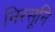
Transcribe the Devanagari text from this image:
निरसूनि